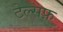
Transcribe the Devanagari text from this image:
टेल्सफ़